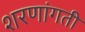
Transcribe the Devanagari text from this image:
शरणांगती